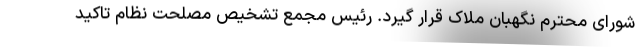
شورای محترم نگهبان ملاک قرار گیرد. رئیس مجمع تشخیص مصلحت نظام تاکید